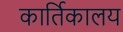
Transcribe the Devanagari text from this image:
कार्तिकालय